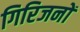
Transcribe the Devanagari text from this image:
गिरिजनों